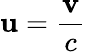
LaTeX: \textbf{u}=\frac{\textbf{v}}{c}